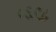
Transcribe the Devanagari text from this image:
०६९८